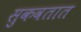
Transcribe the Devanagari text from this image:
सुकवतात